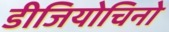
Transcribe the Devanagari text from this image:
डीजियोचिनो